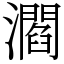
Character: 㶄